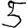
Digit: 5